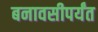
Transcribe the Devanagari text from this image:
बनावसीपर्यंत